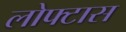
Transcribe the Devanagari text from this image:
लोफ्टास